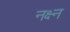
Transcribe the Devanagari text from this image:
नक्ष्न